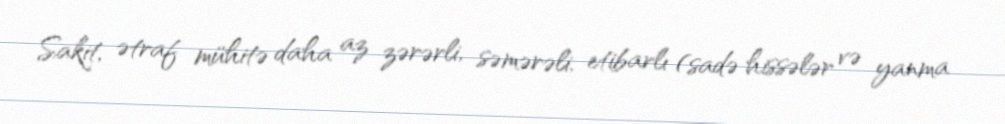
Sakit, ətraf mühitə daha az zərərli, səmərəli, etibarlı (sadə hissələr və yanma